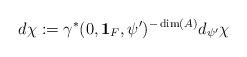
LaTeX: \begin{align*}\displaystyle d\chi:=\gamma^*(0,\mathbf{1}_F,\psi')^{-\dim(A)} d_{\psi'}\chi\end{align*}